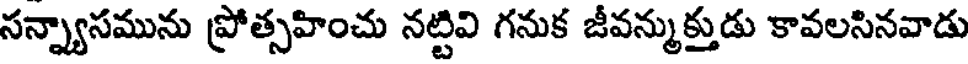
సన్న్యాసమును ప్రోత్సహించు నట్టివి గనుక జీవన్ముక్తుడు కావలసినవాడు